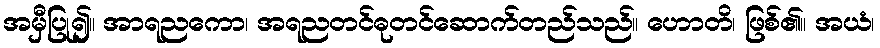
အမှီပြု၍။ အာရညကော၊ အရညတင်ဓုတင်ဆောက်တည်သည်။ ဟောတိ၊ ဖြစ်၏။ အယံ၊